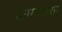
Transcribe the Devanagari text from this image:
कामारासा